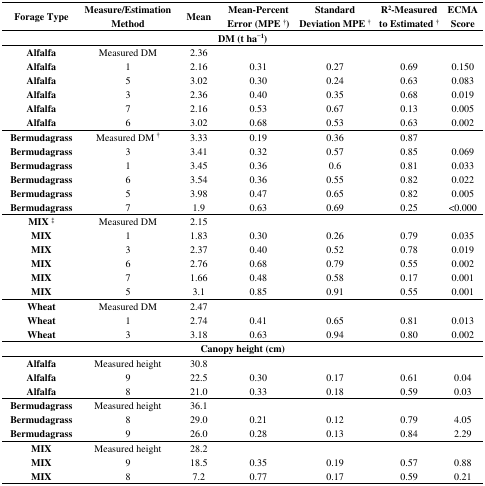
<table><thead><tr><td><b>Forage Type</b></td><td><b>Measure/Estimation Method</b></td><td><b>Mean</b></td><td><b>Mean-Percent Error (MPE<sup>†</sup>)</b></td><td><b>Standard Deviation MPE<sup>†</sup></b></td><td><b>R<sup>2</sup>-Measured to Estimated<sup>†</sup></b></td><td><b>ECMA Score</b></td></tr><tr><td colspan="7"><b>DM (t ha<sup>−</sup><sup>1</sup>)</b></td></tr></thead><tbody><tr><td><b>Alfalfa</b></td><td>Measured DM</td><td>2.36</td><td></td><td></td><td></td><td></td></tr><tr><td><b>Alfalfa</b></td><td>1</td><td>2.16</td><td>0.31</td><td>0.27</td><td>0.69</td><td>0.150</td></tr><tr><td><b>Alfalfa</b></td><td>5</td><td>3.02</td><td>0.30</td><td>0.24</td><td>0.63</td><td>0.083</td></tr><tr><td><b>Alfalfa</b></td><td>3</td><td>2.36</td><td>0.40</td><td>0.35</td><td>0.68</td><td>0.019</td></tr><tr><td><b>Alfalfa</b></td><td>7</td><td>2.16</td><td>0.53</td><td>0.67</td><td>0.13</td><td>0.005</td></tr><tr><td><b>Alfalfa</b></td><td>6</td><td>3.02</td><td>0.68</td><td>0.53</td><td>0.63</td><td>0.002</td></tr><tr><td><b>Bermudagrass</b></td><td>Measured DM <sup>†</sup></td><td>3.33</td><td>0.19</td><td>0.36</td><td>0.87</td><td></td></tr><tr><td><b>Bermudagrass</b></td><td>3</td><td>3.41</td><td>0.32</td><td>0.57</td><td>0.85</td><td>0.069</td></tr><tr><td><b>Bermudagrass</b></td><td>1</td><td>3.45</td><td>0.36</td><td>0.6</td><td>0.81</td><td>0.033</td></tr><tr><td><b>Bermudagrass</b></td><td>6</td><td>3.54</td><td>0.36</td><td>0.55</td><td>0.82</td><td>0.022</td></tr><tr><td><b>Bermudagrass</b></td><td>5</td><td>3.98</td><td>0.47</td><td>0.65</td><td>0.82</td><td>0.005</td></tr><tr><td><b>Bermudagrass</b></td><td>7</td><td>1.9</td><td>0.63</td><td>0.69</td><td>0.25</td><td>&lt;0.000</td></tr><tr><td><b>MIX</b><sup>‡</sup></td><td>Measured DM</td><td>2.15</td><td></td><td></td><td></td><td></td></tr><tr><td><b>MIX</b></td><td>1</td><td>1.83</td><td>0.30</td><td>0.26</td><td>0.79</td><td>0.035</td></tr><tr><td><b>MIX</b></td><td>3</td><td>2.37</td><td>0.40</td><td>0.52</td><td>0.78</td><td>0.019</td></tr><tr><td><b>MIX</b></td><td>6</td><td>2.76</td><td>0.68</td><td>0.79</td><td>0.55</td><td>0.002</td></tr><tr><td><b>MIX</b></td><td>7</td><td>1.66</td><td>0.48</td><td>0.58</td><td>0.17</td><td>0.001</td></tr><tr><td><b>MIX</b></td><td>5</td><td>3.1</td><td>0.85</td><td>0.91</td><td>0.55</td><td>0.001</td></tr><tr><td><b>Wheat</b></td><td>Measured DM</td><td>2.47</td><td></td><td></td><td></td><td></td></tr><tr><td><b>Wheat</b></td><td>1</td><td>2.74</td><td>0.41</td><td>0.65</td><td>0.81</td><td>0.013</td></tr><tr><td><b>Wheat</b></td><td>3</td><td>3.18</td><td>0.63</td><td>0.94</td><td>0.80</td><td>0.002</td></tr><tr><td colspan="7"><b>Canopy height (cm)</b></td></tr><tr><td><b>Alfalfa</b></td><td>Measured height</td><td>30.8</td><td></td><td></td><td></td><td></td></tr><tr><td><b>Alfalfa</b></td><td>9</td><td>22.5</td><td>0.30</td><td>0.17</td><td>0.61</td><td>0.04</td></tr><tr><td><b>Alfalfa</b></td><td>8</td><td>21.0</td><td>0.33</td><td>0.18</td><td>0.59</td><td>0.03</td></tr><tr><td><b>Bermudagrass</b></td><td>Measured height</td><td>36.1</td><td></td><td></td><td></td><td></td></tr><tr><td><b>Bermudagrass</b></td><td>8</td><td>29.0</td><td>0.21</td><td>0.12</td><td>0.79</td><td>4.05</td></tr><tr><td><b>Bermudagrass</b></td><td>9</td><td>26.0</td><td>0.28</td><td>0.13</td><td>0.84</td><td>2.29</td></tr><tr><td><b>MIX</b></td><td>Measured height</td><td>28.2</td><td></td><td></td><td></td><td></td></tr><tr><td><b>MIX</b></td><td>9</td><td>18.5</td><td>0.35</td><td>0.19</td><td>0.57</td><td>0.88</td></tr><tr><td><b>MIX</b></td><td>8</td><td>7.2</td><td>0.77</td><td>0.17</td><td>0.59</td><td>0.21</td></tr></tbody></table>